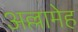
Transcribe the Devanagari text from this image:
अल्लामेह